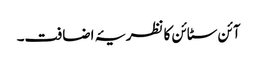
آئن سٹائن کا نظریۂ اضافت۔